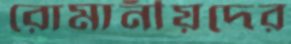
রোমানীয়দের